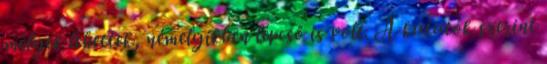
mélyek lehettek, némelyikben lépcső is volt. A kutatók szerint